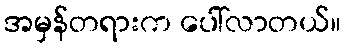
အမှန်တရားက ပေါ်လာတယ်။